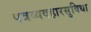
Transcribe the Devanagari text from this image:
पत्रव्यवहारसुविधा